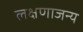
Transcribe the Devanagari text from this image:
लक्षणाजन्य